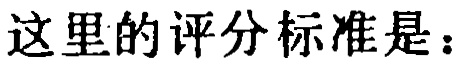
这里的评分标准是：